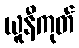
ယူနီကုတ်